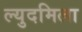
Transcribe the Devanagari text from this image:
ल्युदमिला